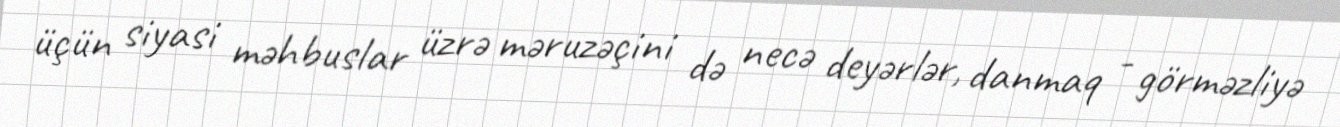
üçün siyasi məhbuslar üzrə məruzəçini də necə deyərlər, danmaq - görməzliyə